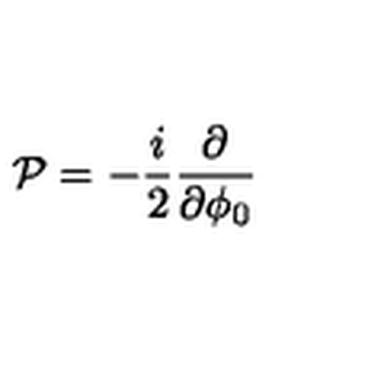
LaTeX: { \cal P } = - { \frac { i } { 2 } } { \frac { \partial } { \partial \phi _ { 0 } } }